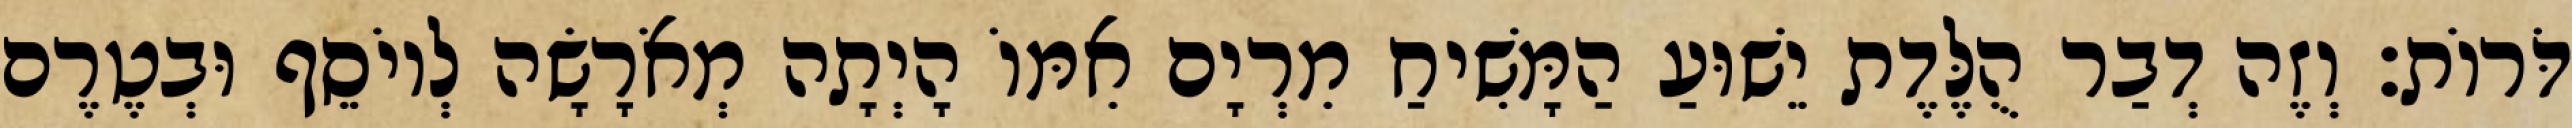
דֹּרוֹת׃ וְזֶה דְבַר הֻלֶּדֶת יֵשׁוּעַ הַמָּשִׁיחַ מִרְיָם אִמּוֹ הָיְתָה מְאֹרָשָׂה לְיוֹסֵף וּבְטֶרֶם